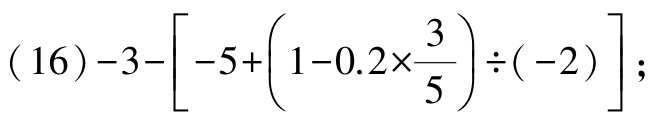
(16)\(-3-\left[-5+\left(1 - 0.2\times\frac{3}{5}\right)\div(-2)\right]\);